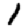
Digit: 1